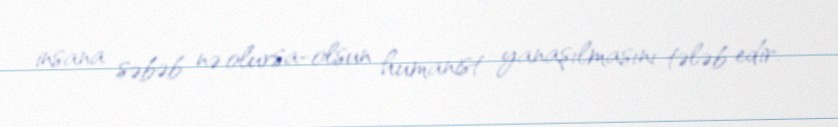
insana səbəb nə olursa-olsun humanist yanaşılmasını tələb edir.